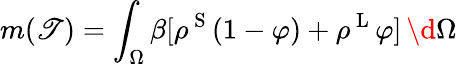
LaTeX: m(\mathscr{T})=\int_{\Omega}\beta[\rho^{\mathrm{{~S~}}}(1-\varphi)+\rho^{\mathrm{{~L~}}}\varphi]\, \d{\Omega}